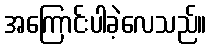
အကြောင်းပါခဲ့လေသည်။